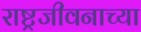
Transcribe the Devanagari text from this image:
राष्ट्रजीवनाच्या